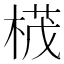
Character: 𣕚